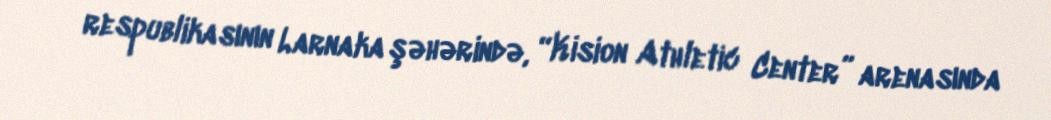
respublikasının Larnaka şəhərində, “Kision Athletic Center” arenasında